Piroplasma canis and its life cycle in the tick - Number 29
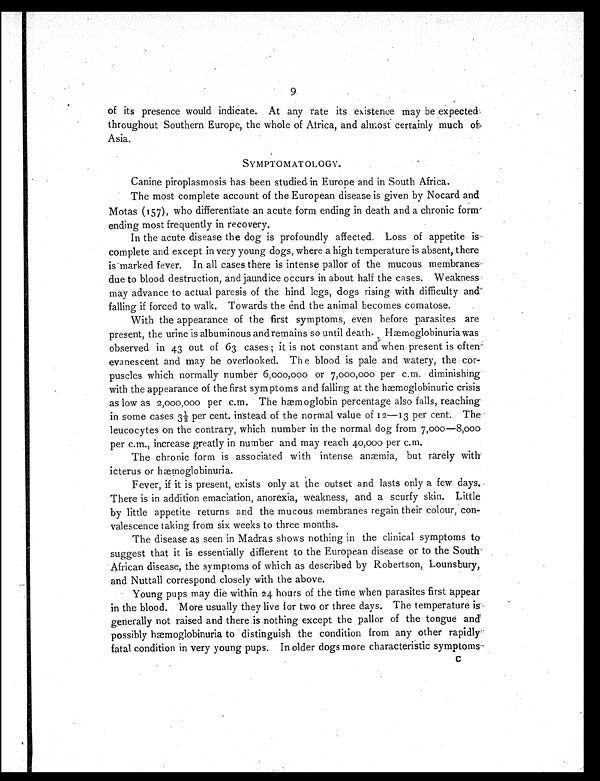
9
of its presence would indicate. At any rate its existence may be expected
throughout Southern Europe, the whole of Africa, and almost certainly much of
Asia.
SYMPTOMATOLOGY.
Canine piroplasmosis has been studied in Europe and in South Africa.
The most complete account of the European disease is given by Nocard and
Motas (157), who differentiate an acute form ending in death and a chronic form
ending most frequently in recovery.
In the acute disease the dog is profoundly affected. Loss of appetite is
complete and except in very young dogs, where a high temperature is absent, there
is marked fever. In all cases there is intense pallor of the mucous membranes
due to blood destruction, and jaundice occurs in about half the cases. Weakness
may advance to actual paresis of the hind legs, dogs rising with difficulty and
falling if forced to walk. Towards the end the animal becomes comatose.
With the appearance of the first symptoms, even before parasites are
present, the urine is albuminous and remains so until death. Hæmoglobinuria was
observed in 43 out of 63 cases ; it is not constant and when present is often
evanescent and may be overlooked. The blood is pale and watery, the cor-
puscles which normally number 6,000,000 or 7,000,000 per c.m. diminishing
with the appearance of the first symptoms and falling at the hæmoglobinuric crisis
as low as 2,000,000 per c.m. The hæmoglobin percentage also falls, reaching
in some cases 3½ per cent. instead of the normal value of 12—13 per cent. The
leucocytes on the contrary, which number in the normal dog from 7,000—8,000
per c.m., increase greatly in number and may reach 40,000 per c.m.
The chronic form is associated with intense anæmia, but rarely with
icterus or hæmoglobinuria.
Fever, if it is present, exists only at the outset and lasts only a few days.
There is in addition emaciation, anorexia, weakness, and a scurfy skin. Little
by little appetite returns and the mucous membranes regain their colour, con-
valescence taking from six weeks to three months.
The disease as seen in Madras shows nothing in the clinical symptoms to
suggest that it is essentially different to the European disease or to the South
African disease, the symptoms of which as described by Robertson, Lounsbury,
and Nuttall correspond closely with the above.
Young pups may die within 24 hours of the time when parasites first appear
in the blood. More usually they live for two or three days. The temperature is
generally not raised and there is nothing except the pallor of the tongue and
possibly hæmoglobinuria to distinguish the condition from any other rapidly-
fatal condition in very young pups. In older dogs more characteristic symptoms
C